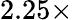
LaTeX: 2.25\times